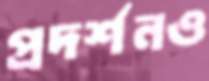
প্রদর্শনও